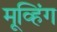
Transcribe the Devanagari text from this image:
मूव्हिंग